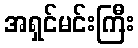
အရှင်မင်းကြီး